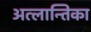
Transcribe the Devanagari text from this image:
अत्लान्तिका